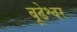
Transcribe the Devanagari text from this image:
बूढेश्वर